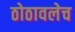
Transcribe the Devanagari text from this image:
ठोठावलेच